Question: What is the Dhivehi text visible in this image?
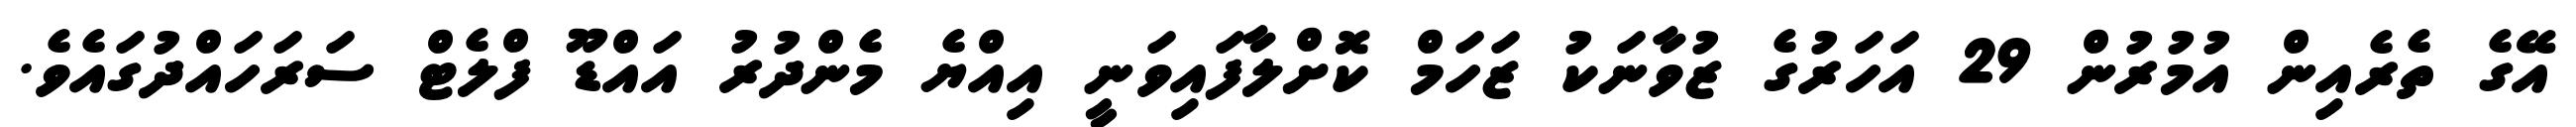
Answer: އޭގެ ތެރެއިން އުމުރުން 29 އަހަރުގެ ޒުވާނަކު ޒަހަމް ކޮށްލާފައިވަނީ އިއްޔެ މެންދުރު އައްޑޫ ފްލެޓް ސަރަހައްދުގައެވެ.